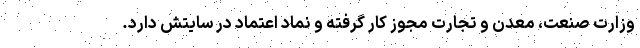
وزارت صنعت، معدن و تجارت مجوز کار گرفته‌ و نماد اعتماد در سایتش دارد.